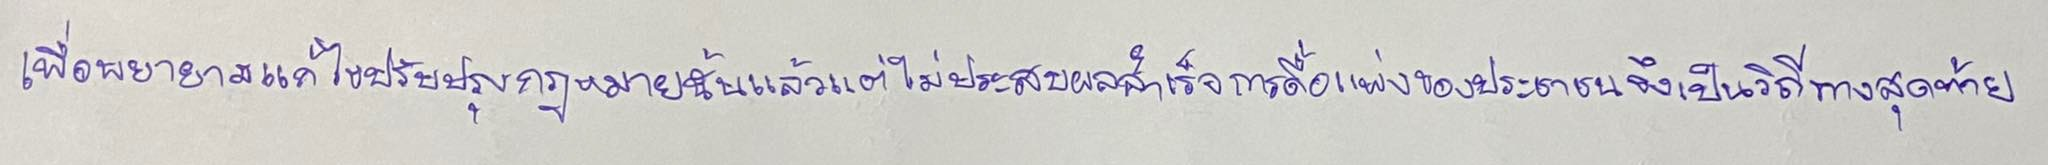
เพื่อพยายามแก้ไขปรับปรุงกฎหมายนั้นแล้วแต่ไม่ประสบผลสำเร็จการดื้อแพ่งของประชาชนจึงเป็นวิถีทางสุดท้าย